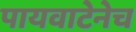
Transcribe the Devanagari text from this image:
पायवाटेनेच